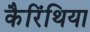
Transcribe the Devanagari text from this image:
कैरिंथिया